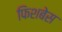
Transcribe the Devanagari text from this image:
फिशबेस